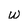
Character: w